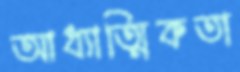
আধ্যাত্মিকতা